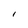
Character: l